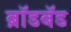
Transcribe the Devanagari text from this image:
ब्राॅडबॅड